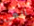
ألمي